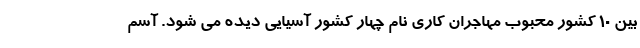
بین ۱۰ کشور محبوب مهاجران کاری نام چهار کشور آسیایی دیده می شود. آسم